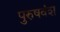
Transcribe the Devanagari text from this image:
पुरुषवंश